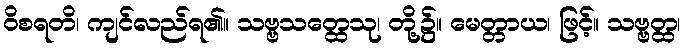
ဝိစရတိ၊ ကျင်လည်ရ၏။ သဗ္ဗသတ္ထေသု၊ တို့၌။ မေတ္တာယ၊ ဖြင့်။ သဗ္ဗတ္ထ၊